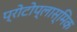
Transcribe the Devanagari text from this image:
प्रोटोप्लास्मिक